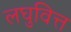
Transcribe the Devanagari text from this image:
लघुवित्त